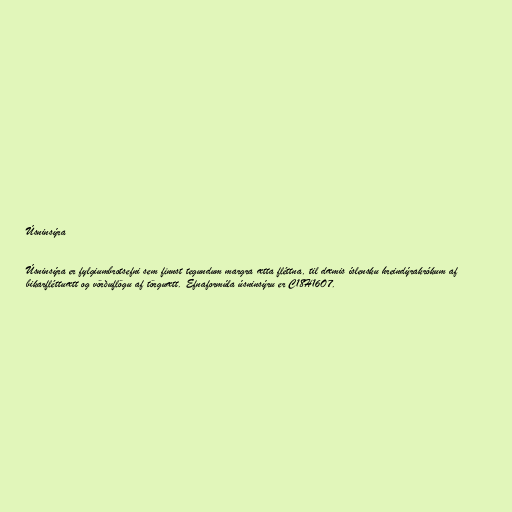
Úsninsýra

Úsninsýra er fylgiumbrotsefni sem finnst tegundum margra ætta fléttna, til dæmis íslensku hreindýrakrókum af
bikarfléttuætt og vörðuflögu af törguætt. Efnaformúla úsninsýru er C18H16O7.